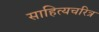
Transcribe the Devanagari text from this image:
साहित्यचरित्र